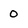
Character: 0